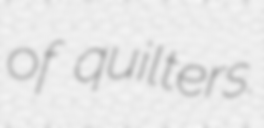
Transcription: of quilters.